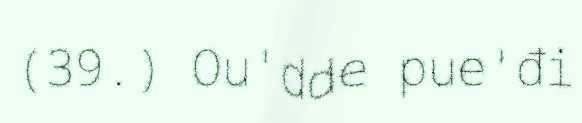
(39.) Ou'dde pue'đi